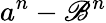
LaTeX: a^{n}-\mathscr{B}^{n}